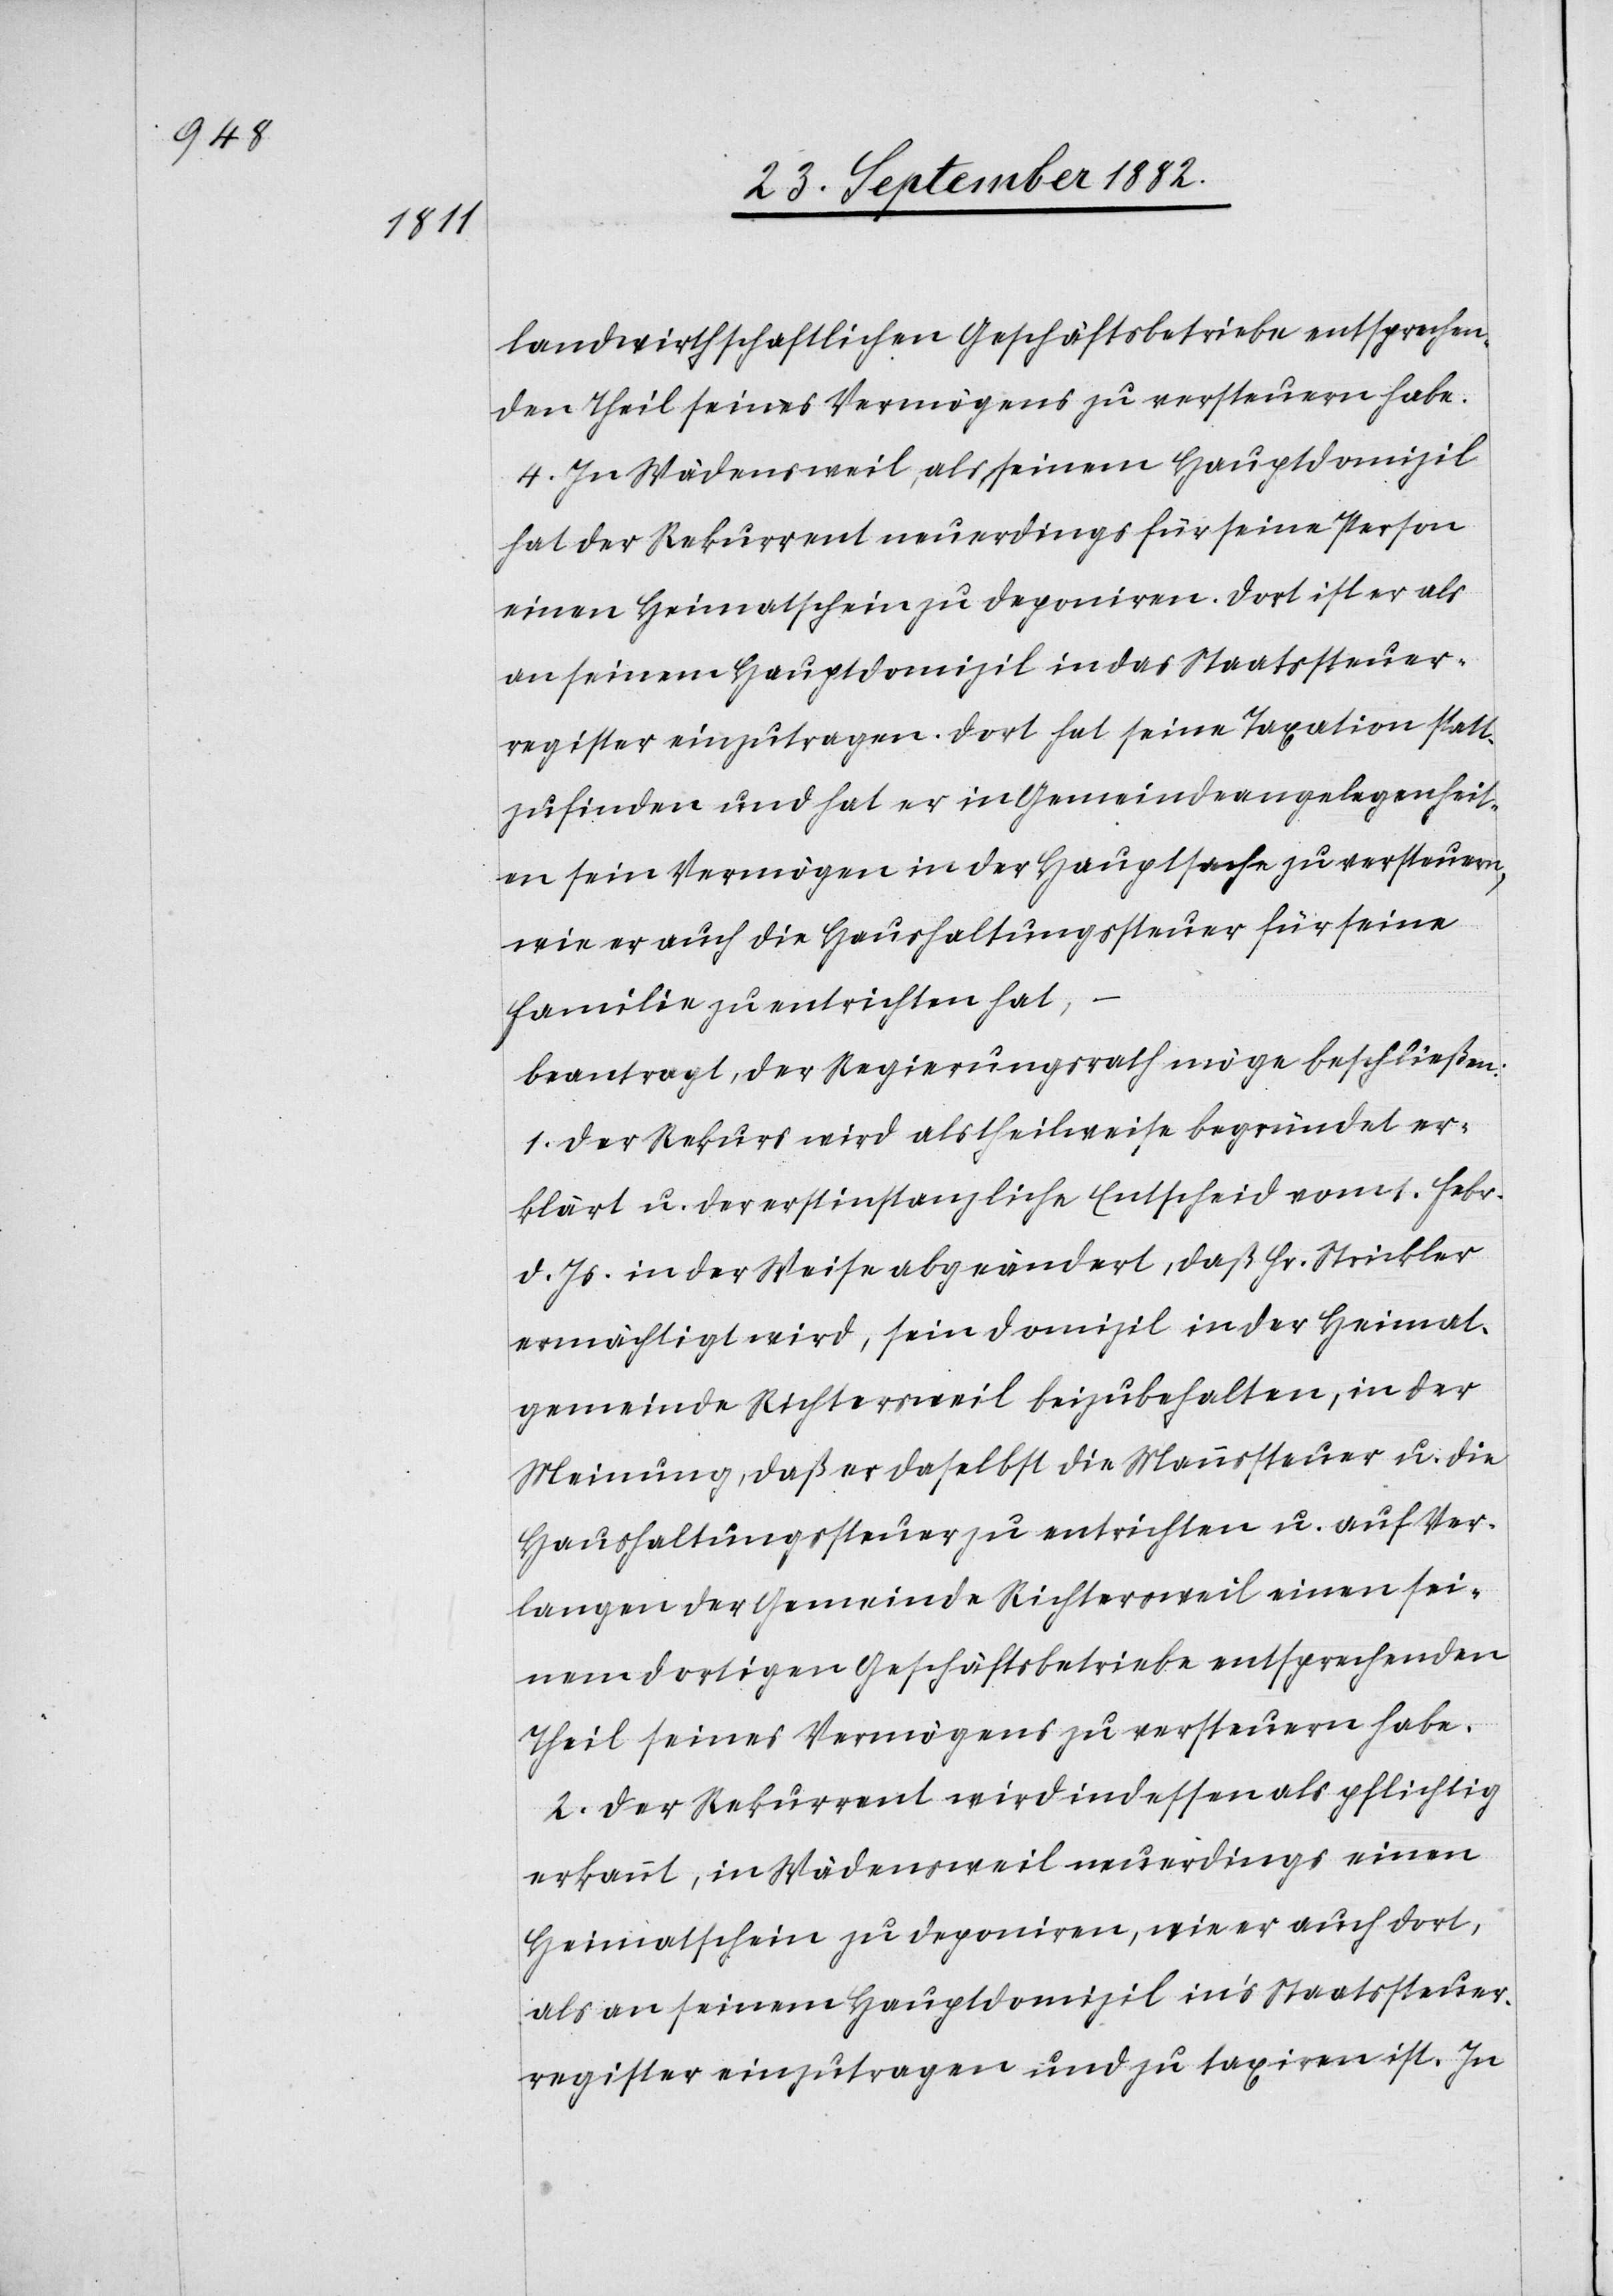
landwirthschaftlichen Geschäftsbetriebe entsprechen¬
den Theil seines Vermögens zu versteuern habe.
4. In Wädensweil, als seinem Hauptdomizil
hat der Rekurrent neuerdings für seine Person
einen Heimatschein zu deponiren. Dort ist er als
an seinem Hauptdomizil in das Staatssteuer¬
register einzutragen. Dort hat seine Taxation statt¬
zufinden und hat er in Gemeindeangelegenheit¬
en sein Vermögen in der Hauptsache zu versteuern,
wie er auch die Haushaltungssteuer für seine
Familie zu entrichten hat,
beantragt, der Regierungsrath möge beschließen:
1. Der Rekurs wird als theilweise begründet er¬
klärt u. der erstinstanzliche Entscheid vom 1. Febr.
d. Js. in der Weise abgeändert, daß Hr. Strickler
ermächtigt wird, sein Domizil in der Heimat¬
gemeinde Richtersweil beizubehalten, in der
Meinung, daß er daselbst die Mannssteuer u. die
Haushaltungssteuer zu entrichen u. auf Ver¬
langen der Gemeinde Richtersweil einen sei¬
nem dortigen Geschäftsbetriebe entsprechenden
Theil seines Vermögens zu versteuern habe.
2. Der Rekurrent wird indessen als pflichtig
erkannt, in Wädensweil neuerdings einen
Heimatschein zu deponiren, wie er auch dort,
als an seinem Hauptdomizil in’s Staatssteuer¬
register einzutragen und zu taxiren ist. In